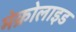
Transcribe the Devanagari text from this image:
मेक्रोलाइड